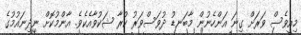
މިއީވެސް ވަރަށް ގިނަ އަންހެނުން މާބަނޑު ދުވަސްވަރު ކުރާ ޝަކުވާއެކެވެ. އާންމުކޮށް ނިދިނައުމުގެ